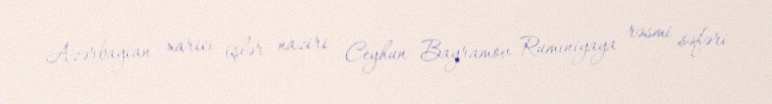
Azərbaycan xarici işlər naziri Ceyhun Bayramov Rumıniyaya rəsmi səfəri